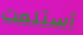
أستلمت